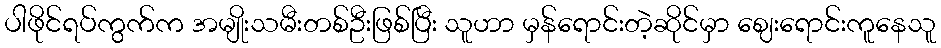
ပါဖိုင်ရပ်ကွက်က အမျိုးသမီးတစ်ဦးဖြစ်ပြီး သူဟာ မှန်ရောင်းတဲ့ဆိုင်မှာ ဈေးရောင်းကူနေသူ